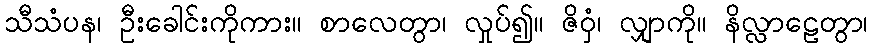
သီသံပန၊ ဦးခေါင်းကိုကား။ စာလေတွာ၊ လှုပ်၍။ ဇိဝှံ၊ လျှာကို။ နိလ္လာဠေတွာ၊